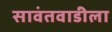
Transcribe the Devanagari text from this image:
सावंतवाडीला